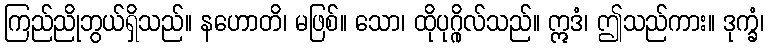
ကြည်ညိုဘွယ်ရှိသည်။ နဟောတိ၊ မဖြစ်။ သော၊ ထိုပုဂ္ဂိုလ်သည်။ ဣဒံ၊ ဤသည်ကား။ ဒုက္ခံ၊